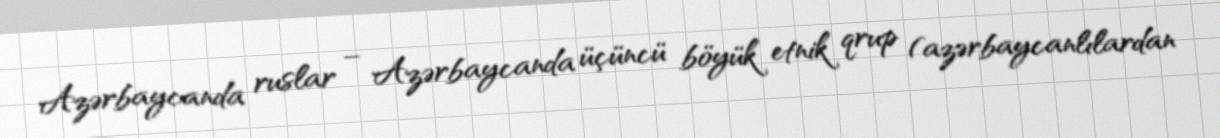
Azərbaycanda ruslar – Azərbaycanda üçüncü böyük etnik qrup (azərbaycanlılardan